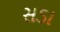
સડા